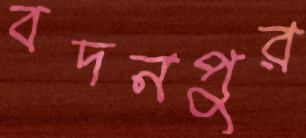
বদনপুর